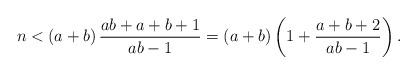
LaTeX: \begin{align*}n<\left( {a}+b \right) \frac{{a}b+{a}+b+1}{{a}b-1}=({a}+b) \left(1+\frac{{a}+b+2}{{a}b-1}\right).\end{align*}